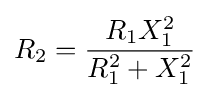
R_{2}={\frac {R_{1}X_{1}^{2}}{R_{1}^{2}+X_{1}^{2}}}